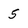
Character: 5